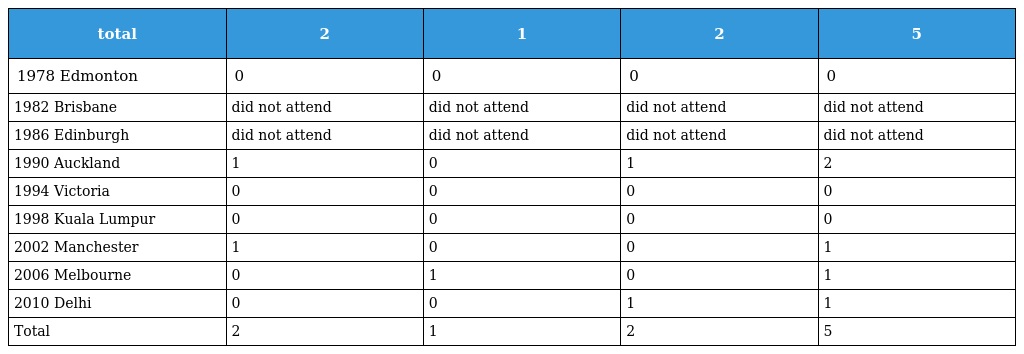
| total | 2 | 1 | 2 | 5 |
 | --- | --- | --- | --- | --- |
 | 1978 Edmonton | 0 | 0 | 0 | 0 |
 | 1982 Brisbane | did not attend | did not attend | did not attend | did not attend |
 | 1986 Edinburgh | did not attend | did not attend | did not attend | did not attend |
 | 1990 Auckland | 1 | 0 | 1 | 2 |
 | 1994 Victoria | 0 | 0 | 0 | 0 |
 | 1998 Kuala Lumpur | 0 | 0 | 0 | 0 |
 | 2002 Manchester | 1 | 0 | 0 | 1 |
 | 2006 Melbourne | 0 | 1 | 0 | 1 |
 | 2010 Delhi | 0 | 0 | 1 | 1 |
 | Total | 2 | 1 | 2 | 5 |